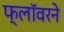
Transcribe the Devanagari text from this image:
फ्लॉवरने